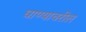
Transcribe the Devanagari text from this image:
घाण्यावरील